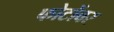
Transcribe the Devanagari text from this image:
फोटोंवर